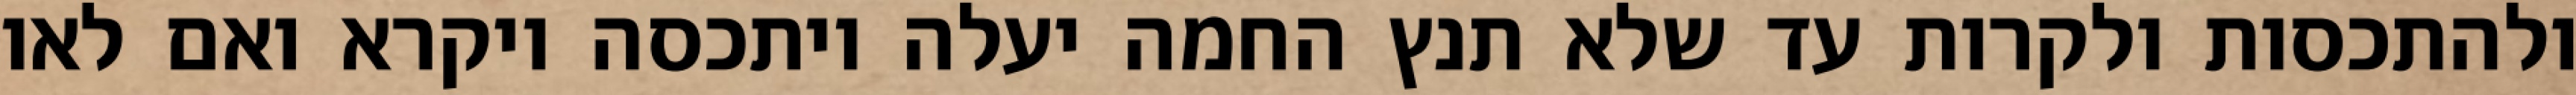
ולהתכסות ולקרות עד שלא תנץ החמה יעלה ויתכסה ויקרא ואם לאו